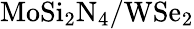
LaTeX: \mathrm{MoSi_{2}N_{4}/WSe_{2}}